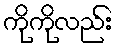
ကိုကိုလည်း